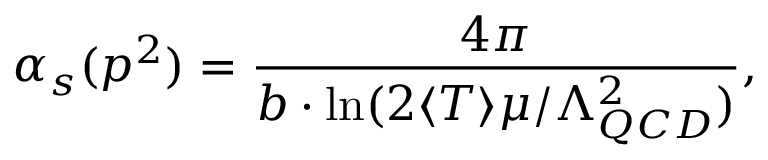
\alpha _ { s } ( p ^ { 2 } ) = \frac { 4 \pi } { b \cdot \ln ( 2 \langle T \rangle \mu / \Lambda _ { Q C D } ^ { 2 } ) } ,